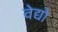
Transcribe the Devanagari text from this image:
वेद्यो